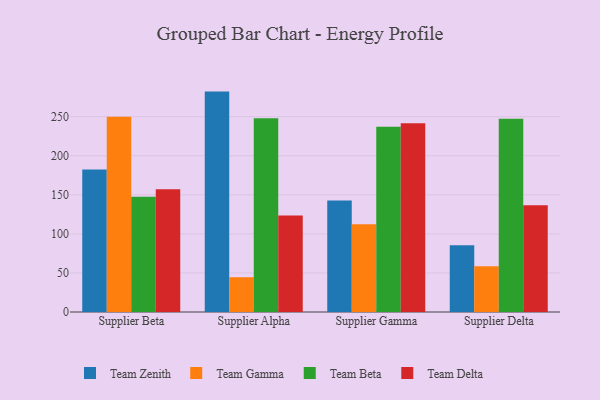
{"axis": {"x": "Supplier", "y": "Revenue (USD Million)"}, "legend": ["Team Beta", "Team Delta", "Team Gamma", "Team Zenith"], "data": [{"x": "Supplier Beta", "y": 182.4, "type": "Team Zenith"}, {"x": "Supplier Beta", "y": 249.8, "type": "Team Gamma"}, {"x": "Supplier Beta", "y": 147.5, "type": "Team Beta"}, {"x": "Supplier Beta", "y": 157.2, "type": "Team Delta"}, {"x": "Supplier Alpha", "y": 282.1, "type": "Team Zenith"}, {"x": "Supplier Alpha", "y": 44.5, "type": "Team Gamma"}, {"x": "Supplier Alpha", "y": 248.1, "type": "Team Beta"}, {"x": "Supplier Alpha", "y": 123.6, "type": "Team Delta"}, {"x": "Supplier Gamma", "y": 142.6, "type": "Team Zenith"}, {"x": "Supplier Gamma", "y": 112.2, "type": "Team Gamma"}, {"x": "Supplier Gamma", "y": 237.0, "type": "Team Beta"}, {"x": "Supplier Gamma", "y": 241.5, "type": "Team Delta"}, {"x": "Supplier Delta", "y": 85.4, "type": "Team Zenith"}, {"x": "Supplier Delta", "y": 58.5, "type": "Team Gamma"}, {"x": "Supplier Delta", "y": 247.4, "type": "Team Beta"}, {"x": "Supplier Delta", "y": 136.6, "type": "Team Delta"}]}